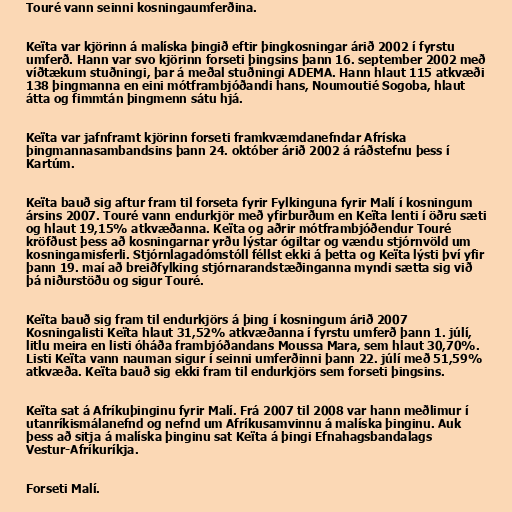
Touré vann seinni kosningaumferðina.

Keïta var kjörinn á malíska þingið eftir þingkosningar árið 2002 í fyrstu
umferð. Hann var svo kjörinn forseti þingsins þann 16. september 2002 með
víðtækum stuðningi, þar á meðal stuðningi ADEMA. Hann hlaut 115 atkvæði
138 þingmanna en eini mótframbjóðandi hans, Noumoutié Sogoba, hlaut
átta og fimmtán þingmenn sátu hjá.

Keïta var jafnframt kjörinn forseti framkvæmdanefndar Afríska
þingmannasambandsins þann 24. október árið 2002 á ráðstefnu þess í
Kartúm.

Keïta bauð sig aftur fram til forseta fyrir Fylkinguna fyrir Malí í kosningum
ársins 2007. Touré vann endurkjör með yfirburðum en Keïta lenti í öðru sæti
og hlaut 19,15% atkvæðanna. Keïta og aðrir mótframbjóðendur Touré
kröfðust þess að kosningarnar yrðu lýstar ógiltar og vændu stjórnvöld um
kosningamisferli. Stjórnlagadómstóll féllst ekki á þetta og Keïta lýsti því yfir
þann 19. maí að breiðfylking stjórnarandstæðinganna myndi sætta sig við
þá niðurstöðu og sigur Touré.

Keïta bauð sig fram til endurkjörs á þing í kosningum árið 2007
Kosningalisti Keïta hlaut 31,52% atkvæðanna í fyrstu umferð þann 1. júlí,
litlu meira en listi óháða frambjóðandans Moussa Mara, sem hlaut 30,70%.
Listi Keïta vann nauman sigur í seinni umferðinni þann 22. júlí með 51,59%
atkvæða. Keïta bauð sig ekki fram til endurkjörs sem forseti þingsins.

Keïta sat á Afríkuþinginu fyrir Malí. Frá 2007 til 2008 var hann meðlimur í
utanríkismálanefnd og nefnd um Afríkusamvinnu á malíska þinginu. Auk
þess að sitja á malíska þinginu sat Keïta á þingi Efnahagsbandalags
Vestur-Afríkuríkja.

Forseti Malí.